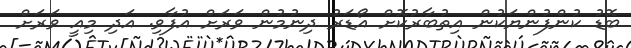
ބޮޑު ކުންފުންޔަކުން އިތުބާރުކޮށް އޯޑަރު ދިނުމުން ވަރަށް އުފާވި. އަދި މިއީ ވަރަށް